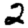
Digit: 2